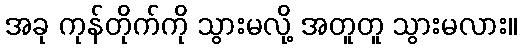
အခု ကုန်တိုက်ကို သွားမလို့ အတူတူ သွားမလား။